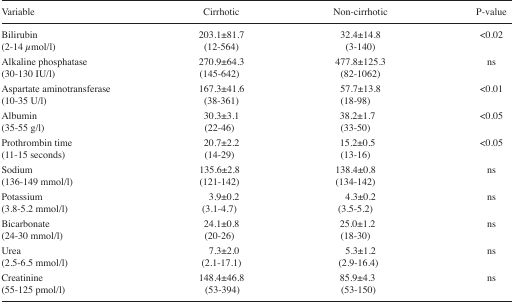
<table><thead><tr><td><b>Variable</b></td><td><b>Cirrhotic</b></td><td><b>Non-cirrhotic</b></td><td><b>P-value</b></td></tr></thead><tbody><tr><td>Bilirubin (2–14 <i>μ</i>mol/l)</td><td>203.1±81.7 (12–564)</td><td>32.4±14.8 (3–140)</td><td>&lt;0.02</td></tr><tr><td>Alkaline phosphatase (30–130 IU/l)</td><td>270.9±64.3 (145–642)</td><td>477.8±125.3 (82–1062)</td><td>ns</td></tr><tr><td>Aspartate aminotransferase (10–35 U/l)</td><td>167.3±41.6 (38–361)</td><td>57.7±13.8 (18–98)</td><td>&lt;0.01</td></tr><tr><td>Albumin (35–55 g/l)</td><td>30.3±3.1 (22–46)</td><td>38.2±1.7 (33–50)</td><td>&lt;0.05</td></tr><tr><td>Prothrombin time (11–15 seconds)</td><td>20.7±2.2 (14–29)</td><td>15.2±0.5 (13–16)</td><td>&lt;0.05</td></tr><tr><td>Sodium (136–149 mmol/l)</td><td>135.6±2.8 (121–142)</td><td>138.4±0.8 (134–142)</td><td>ns</td></tr><tr><td>Potassium (3.8–5.2 mmol/l)</td><td>3.9±0.2 (3.1–4.7)</td><td>4.3±0.2 (3.5–5.2)</td><td>ns</td></tr><tr><td>Bicarbonate (24–30 mmol/l)</td><td>24.1±0.8 (20–26)</td><td>25.0±1.2 (18–30)</td><td>ns</td></tr><tr><td>Urea (2.5–6.5 mmol/l)</td><td>7.3±2.0 (2.1–17.1)</td><td>5.3±1.2 (2.9–16.4)</td><td>ns</td></tr><tr><td>Creatinine (55–125 pmol/l)</td><td>148.4±46.8 (53–394)</td><td>85.9±4.3 (53–150)</td><td>ns</td></tr></tbody></table>